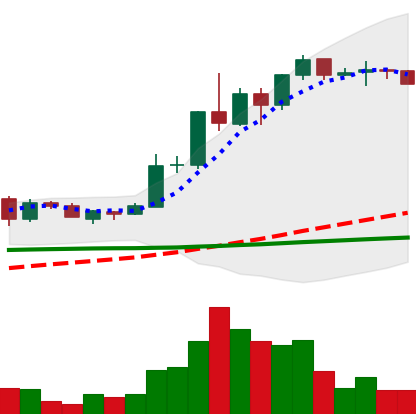
Ticker: ADA-USD
Chart end date: 2020-06-09
Forward return: -7.984%
Label: down_7plus